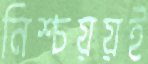
নিশ্চয়য়ই